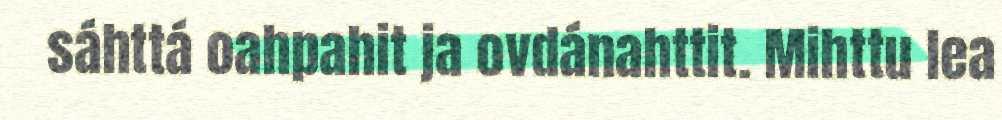
sáhttá oahpahit ja ovdánahttit. Mihttu lea